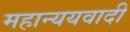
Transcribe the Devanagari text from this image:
महान्ययवादी